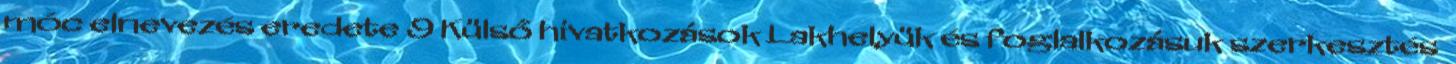
móc elnevezés eredete 9 Külső hivatkozások Lakhelyük és foglalkozásuk szerkesztés